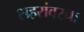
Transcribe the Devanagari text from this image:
शहरांवरचा